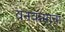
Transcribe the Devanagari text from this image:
वनवासाचा